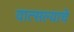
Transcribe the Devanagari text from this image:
वात्सल्याचे